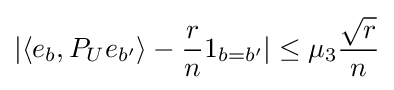
|\langle e_{b},P_{U}e_{b'}\rangle -{\frac {r}{n}}1_{b=b'}|\leq \mu _{3}{\frac {\sqrt {r}}{n}}